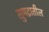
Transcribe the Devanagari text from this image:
सुमद्रातील